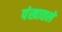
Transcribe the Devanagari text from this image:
पंखातले